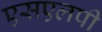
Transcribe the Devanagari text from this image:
एसएलपी